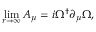
\operatorname * { l i m } _ { r \rightarrow \infty } A _ { \mu } = i \Omega ^ { \dagger } \partial _ { \mu } \Omega ,